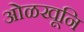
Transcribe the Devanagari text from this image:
ओळखूनि